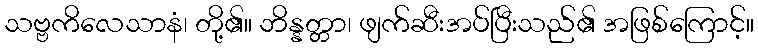
သဗ္ဗကိလေသာနံ၊ တို့၏။ ဘိန္နတ္တာ၊ ဖျက်ဆီးအပ်ပြီးသည်၏ အဖြစ်ကြောင့်။